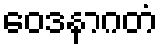
ဝေဒနာဂတံ